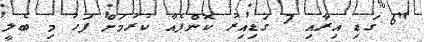
"6 ގަޑި އިރާއި 7 ގަޑިއިރު ކޮންޕެއާ ކުރުމަށް ފަހު މި ބެލީ